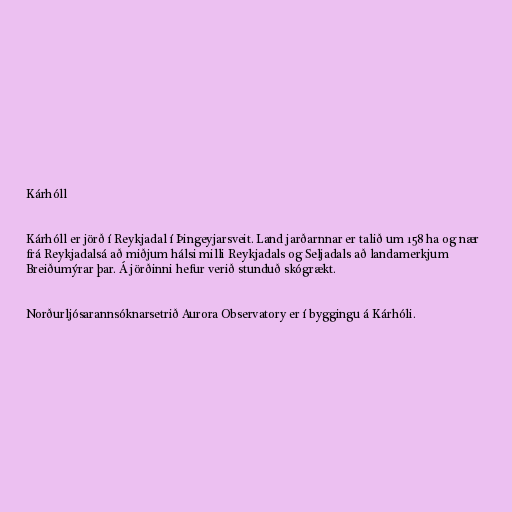
Kárhóll

Kárhóll er jörð í Reykjadal í Þingeyjarsveit. Land jarðarnnar er talið um 158 ha og nær
frá Reykjadalsá að miðjum hálsi milli Reykjadals og Seljadals að landamerkjum
Breiðumýrar þar. Á jörðinni hefur verið stunduð skógrækt.

Norðurljósarannsóknarsetrið Aurora Observatory er í byggingu á Kárhóli.